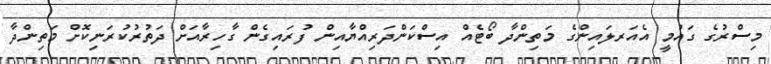
މިސްރުގެ ގައުމީ އެއަރލައިންގެ މަތިންދާ ބޯޓެއް އިސްކަންދަރިއްޔާއިން ފުރައިގެން ގާހިރާއަށް ދަތުރުކުރަނިކޮށް މަތިންދާ